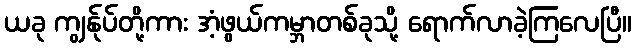
ယခု ကျွန်ုပ်တို့ကား အံ့ဖွယ်ကမ္ဘာတစ်ခုသို့ ရောက်လာခဲ့ကြလေပြီ။